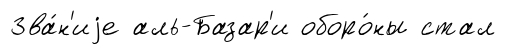
Зва́н'иjе аль-Базар'и оборо́ны стал